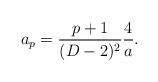
LaTeX: \begin{align*}a_p={{p+1}\over{(D-2)^2}}{4\over a}.\end{align*}